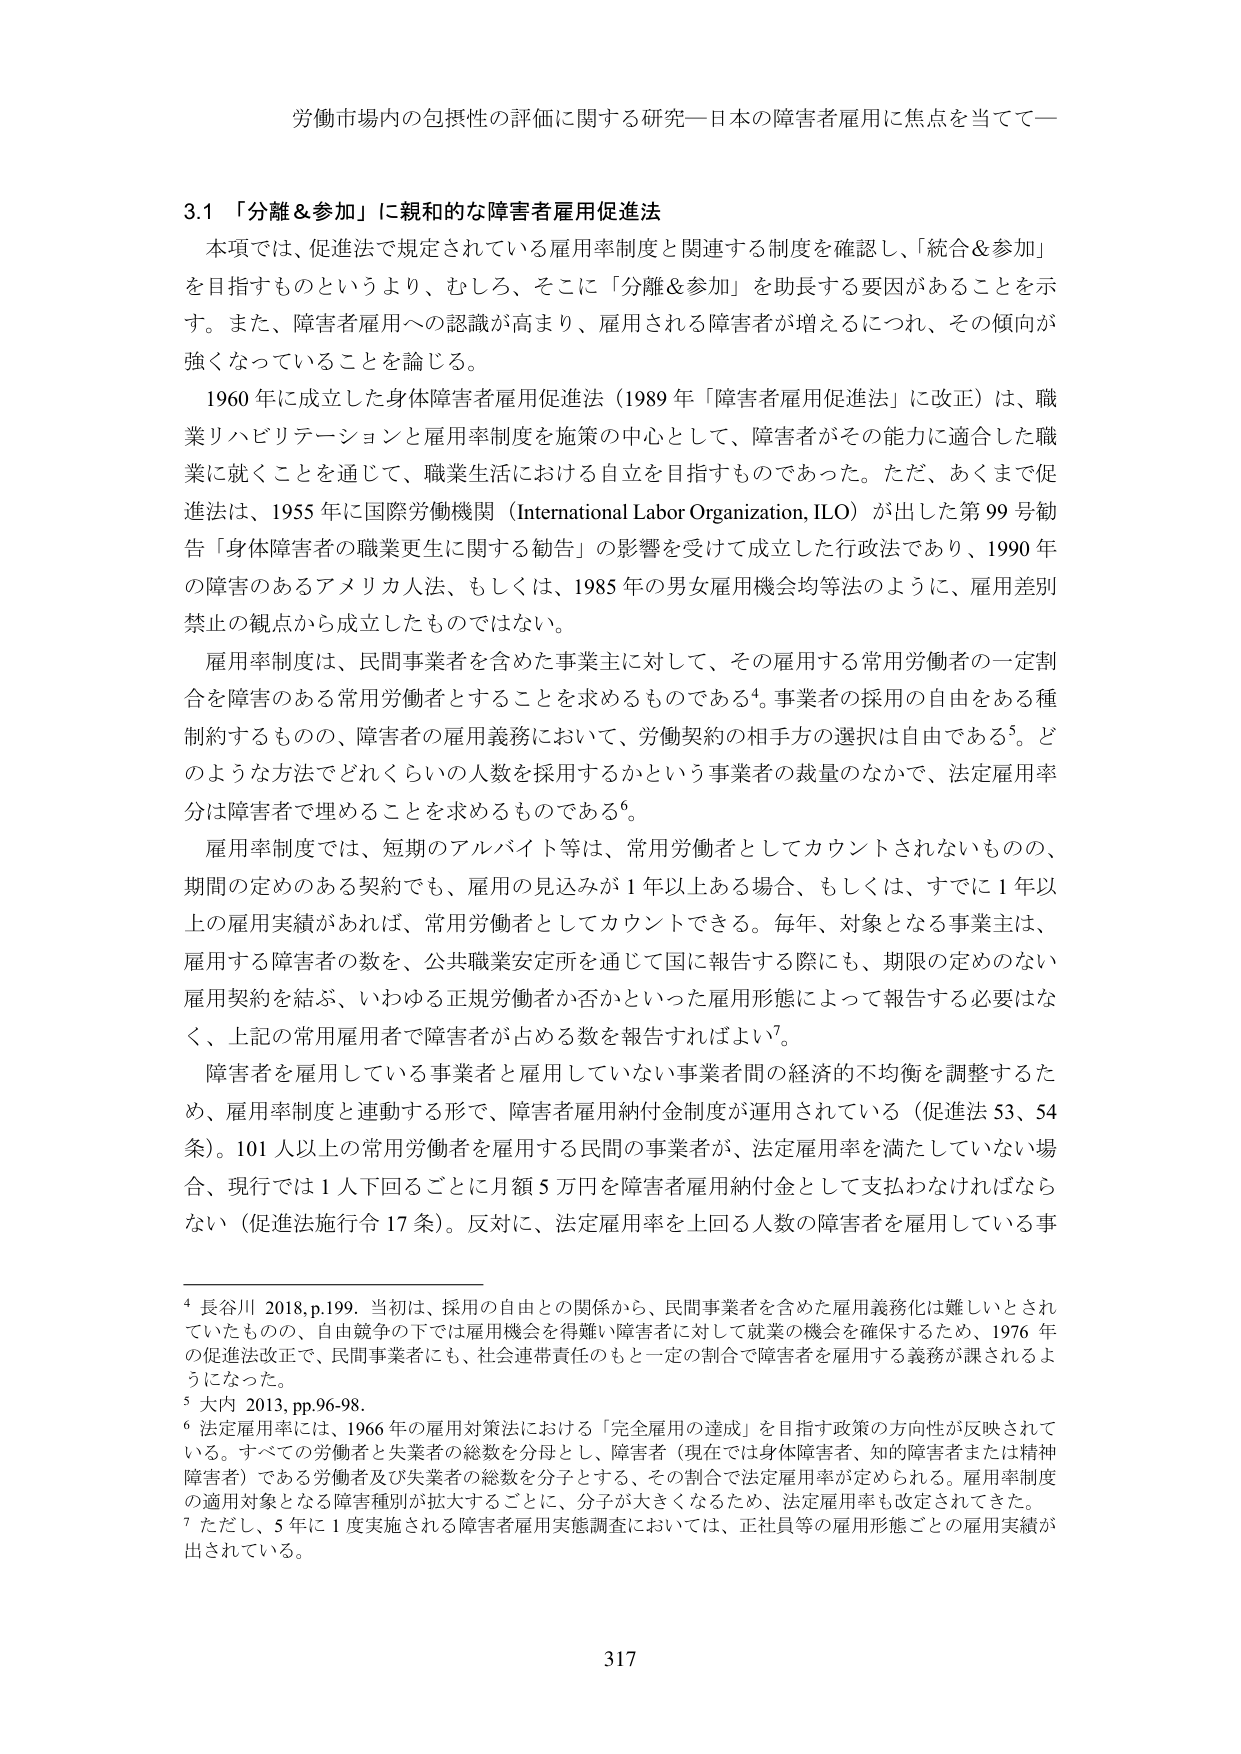
労働市場内の包摂性の評価に関する研究―日本の障害者雇用に焦点を当てて―

3.1 「分離＆参加」に親和的な障害者雇用促進法

本項では、促進法で規定されている雇用率制度と関連する制度を確認し、「統合＆参加」を目指すものというより、むしろ、そこに「分離＆参加」を助長する要因があることを示す。また、障害者雇用への認識が高まり、雇用される障害者が増えるにつれ、その傾向が強くなっていることを論じる。

1960年に成立した身体障害者雇用促進法（1989年「障害者雇用促進法」に改正）は、職業リハビリテーションと雇用率制度を施策の中心として、障害者がその能力に適合した職業に就くことを通じて、職業生活における自立を目指すものであった。ただ、あくまで促進法は、1955年に国際労働機関（International Labor Organization, ILO）が出した第99号勧告「身体障害者の職業更生に関する勧告」の影響を受けて成立した行政法であり、1990年の障害のあるアメリカ人法、もしくは、1985年の男女雇用機会均等法のように、雇用差別禁止の観点から成立したものではない。

雇用率制度は、民間事業者を含めた事業主に対して、その雇用する常用労働者の一定割合を障害のある常用労働者とすることを求めるものである⁴。事業者の採用の自由はある種制約するものの、障害者の雇用義務において、労働契約の相手方の選択は自由である⁵。どのような方法でどれくらいの人数を採用するかという事業者の裁量のなかで、法定雇用率分は障害者で埋めることを求めるものである⁶。

雇用率制度では、短期のアルバイト等は、常用労働者としてカウントされないものの、期間の定めのある契約でも、雇用の見込みが1年以上ある場合、もしくは、すでに1年以上の雇用実績があれば、常用労働者としてカウントできる。毎年、対象となる事業主は、雇用する障害者の数を、公共職業安定所を通じて国に報告する際にも、期限の定めのない雇用契約を結ぶ、いわゆる正規労働者か否かといった雇用形態によって報告する必要はなく、上記の常用雇用者で障害者が占める数を報告すればよい⁷。

障害者を雇用している事業者と雇用していない事業者間の経済的不均衡を調整するため、雇用率制度と連動する形で、障害者雇用納付金制度が運用されている（促進法53、54条）。101人以上の常用労働者を雇用する民間の事業者が、法定雇用率を満たしていない場合、現行では1人下回るごとに月額5万円を障害者雇用納付金として支払わなければならない（促進法施行令17条）。反対に、法定雇用率を上回る人数の障害者を雇用している事

⁴ 長谷川 2018, p.199. 当初は、採用の自由との関係から、民間事業者を含めた雇用義務化は難しいとされていたものの、自由競争の下では雇用機会を得難い障害者に対して就業の機会を確保するため、1976年の促進法改正で、民間事業者にも、社会連帯責任のもと一定の割合で障害者を雇用する義務が課されるようになった。

⁵ 大内 2013, pp.96-98.

⁶ 法定雇用率には、1966年の雇用対策法における「完全雇用の達成」を目指す政策の方向性が反映されている。すべての労働者と失業者の総数を分母とし、障害者（現在では身体障害者、知的障害者または精神障害者）である労働者及び失業者の総数を分子とする、その割合で法定雇用率が定められる。雇用率制度の適用対象となる障害種別が拡大することに、分子が大きくなるため、法定雇用率も改定されてきた。

⁷ ただし、5年に1度実施される障害者雇用実態調査においては、正社員等の雇用形態ごとの雇用実績が出されている。

317